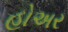
હોઅર